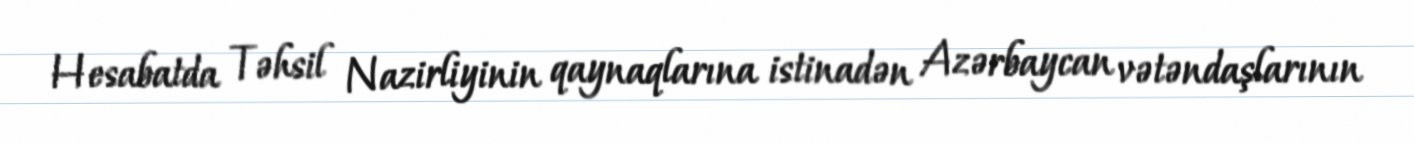
Hesabatda Təhsil Nazirliyinin qaynaqlarına istinadən Azərbaycan vətəndaşlarının